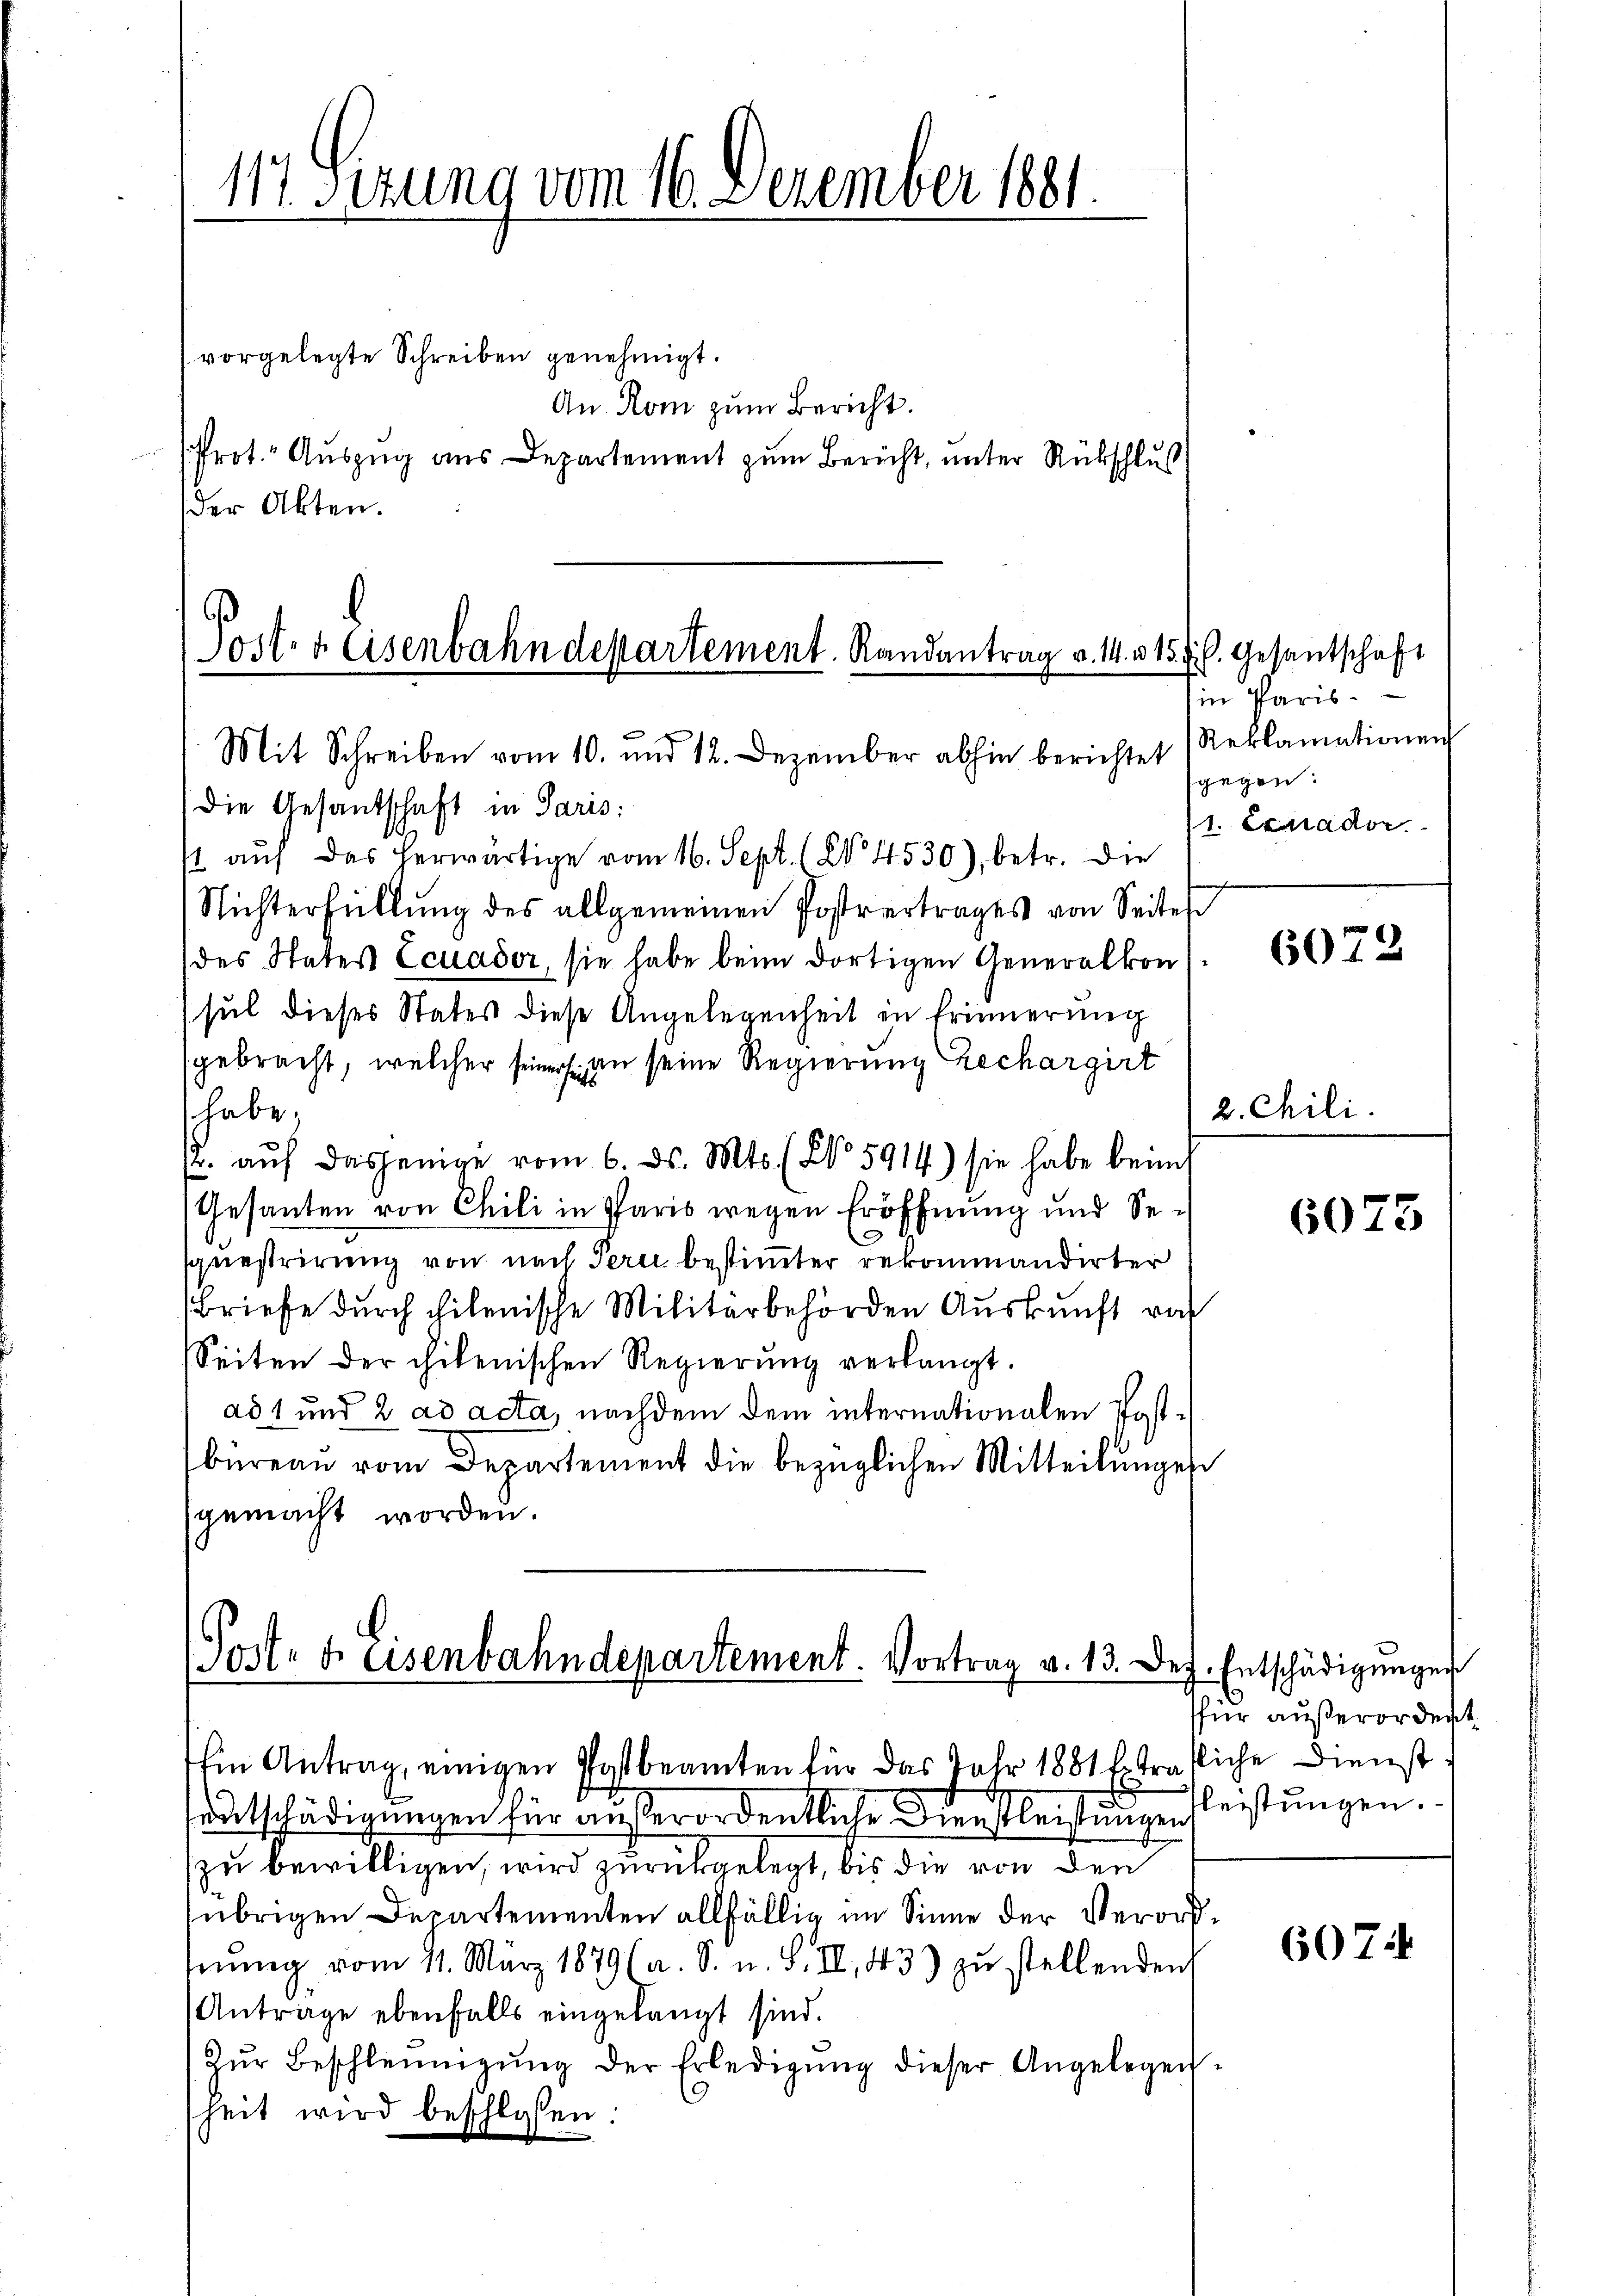
117. Sizung vom 16. Dezember 1881
.

vorgelegte Schreiben genehmigt.
An Rom zum Bericht.
Prot. Auszug aus Departement zum Bericht, unter Rückschluß
der Akten.

Post- & Eisenbahndepartement. Randantrag v. 14. 315 f. Gesantschaft
e

Mit Schreiben vom 10. und 12. Dezember abhin berichtet
Die Gesandschaft in Paris:
st auf das herwärtige vom 16. Sept. (N. 4530), betr. die
Nichterfüllung des allgemeinen Postvertrages von Seites
des States Ecuader, sie habe beim dortigen Generalkonsul dieses States diese Angelegenheit in Erinnerung
gebracht, welcher seiner an seine Regierung rechargirt
shabe,
. auf dasjenige vom 6. ds. Mts. (No 5914) sie habe beim
Gesanten von Chili in Paris wegen Eröffnung und Se-
questrirung von nach Peri bestimmter rekommandirter
(Briefe durch hilenische Militärbehörden Auskunft vo
Seiten der chilenischen Regierung verlangt.
ad 1 und 2 ad acta, nachdem dem internationalen Postbüreaŭ vom Departement die bezüglichen Mitteilŭngen
gemacht worden.

(Post- u. Eisenbahndepartement. Vortrag v. 13. Dez

in Paris
Reklamationen
gegen.
1. Exnador

2. Chili

Ein Antrag, einigen Postbeamten für das Jahr 1881 beträfliche Dienst
entschädigungen für außerordentliche Dienstleistungenfleistungen.
zu bewilligen, wird zurückgelegt, bis die von den
übrigen Departementen allfällig im Sinne der Verordnŭng vom 11. März 1879 (a. S. u. S. II., 43) zŭ stellenden
Antrage ebenfalls eingelangt sind.
Zŭr Beschleunigŭng der Erledigŭng dieser Angelegen-
heit wird beschlossen:

6072

6075

Entschädigungen
für außerordent

607.